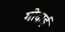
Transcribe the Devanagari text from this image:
गोदाई